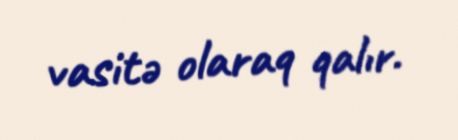
vasitə olaraq qalır.